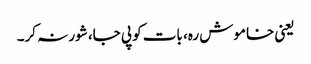
یعنی خاموش رہ، بات کو پی جا، شور نہ کر۔